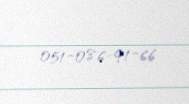
051-086-91-66